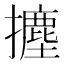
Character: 𭢻